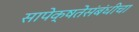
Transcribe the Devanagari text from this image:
सापेक्षतेसंबंधीचा